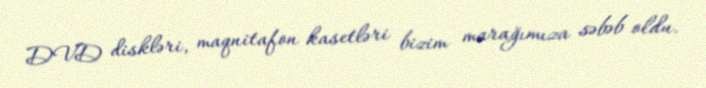
DVD diskləri, maqnitafon kasetləri bizim marağımıza səbəb oldu.